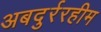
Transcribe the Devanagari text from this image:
अबदुर्ररहीम